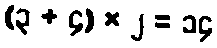
(၃ + ၄) × ၂ = ၁၄